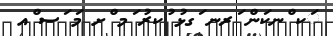
ަކ ްނކަން ަރނ ަގޅު ުކރު ަމ ްށ މަ ަސ ްއ